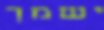
ישמך